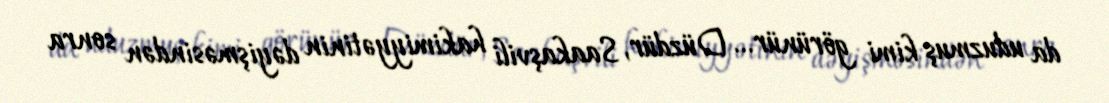
da uduzmuş kimi görünür... Düzdür, Saakaşvili hakimiyyətinin dəyişməsindən sonra